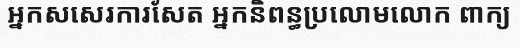
អ្នកសសេរការសែត អ្នកនិពន្ធប្រលោមលោក ពាក្យ